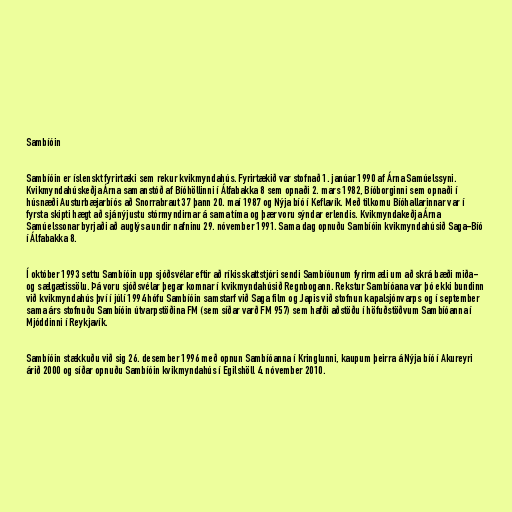
Sambíóin

Sambíóin er íslenskt fyrirtæki sem rekur kvikmyndahús. Fyrirtækið var stofnað 1. janúar 1990 af Árna Samúelssyni.
Kvikmyndahúskeðja Árna samanstóð af Bíóhöllinni í Álfabakka 8 sem opnaði 2. mars 1982, Bíóborginni sem opnaði í
húsnæði Austurbæjarbíós að Snorrabraut 37 þann 20. maí 1987 og Nýja bíó í Keflavík. Með tilkomu Bíóhallarinnar var í
fyrsta skipti hægt að sjá nýjustu stórmyndirnar á sama tíma og þær voru sýndar erlendis. Kvikmyndakeðja Árna
Samúelssonar byrjaði að auglýsa undir nafninu 29. nóvember 1991. Sama dag opnuðu Sambíóin kvikmyndahúsið Saga-Bíó
í Álfabakka 8.

Í október 1993 settu Sambíóin upp sjóðsvélar eftir að ríkisskattstjóri sendi Sambíóunum fyrirmæli um að skrá bæði miða-
og sælgætissölu. Þá voru sjóðsvélar þegar komnar í kvikmyndahúsið Regnbogann. Rekstur Sambíóana var þó ekki bundinn
við kvikmyndahús því í júlí 1994 hófu Sambíóin samstarf við Saga film og Japis við stofnun kapalsjónvarps og í september
sama árs stofnuðu Sambíóin útvarpstöðina FM (sem síðar varð FM 957) sem hafði aðstöðu í höfuðstöðvum Sambíóanna í
Mjóddinni í Reykjavík.

Sambíóin stækkuðu við sig 26. desember 1996 með opnun Sambíóanna í Kringlunni, kaupum þeirra á Nýja bíó í Akureyri
árið 2000 og síðar opnuðu Sambíóin kvikmyndahús í Egilshöll 4. nóvember 2010.